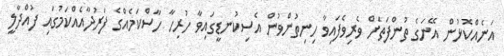
އަނެއްކޮޅުން އޭނަގެ ތުންފަތަށް ވެރިވެފައިވާ ހިނިތުންވުން އެސިކުނޑީގައިވާ ހުރިހާ ހާސްކަމެއްގެ ފަރުދާއެއްކަމުގައި ފުއްދާލީ